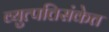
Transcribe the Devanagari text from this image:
व्युत्पत्तिसंकेत